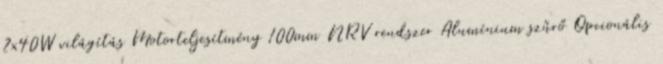
2x40W világítás Motorteljesítmény 100mm NRV rendszer Alumínium szűrő Opcionális